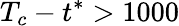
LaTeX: T_{c}-t^{*}>1000